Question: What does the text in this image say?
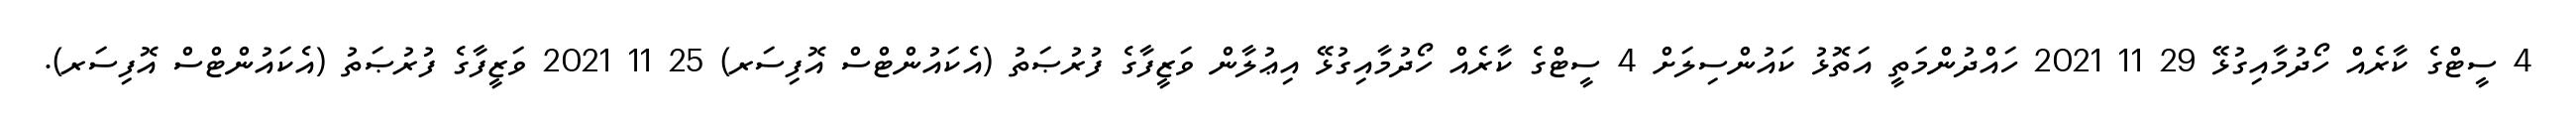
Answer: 4 ސީޓްގެ ކާރެއް ހޯދުމާއިގުޅޭ 29 11 2021 ހައްދުންމަތީ އަތޮޅު ކައުންސިލަށް 4 ސީޓްގެ ކާރެއް ހޯދުމާއިގުޅޭ އިޢުލާން ވަޒީފާގެ ފުރުޞަތު (އެކައުންޓްސް އޮފިސަރ) 25 11 2021 ވަޒީފާގެ ފުރުޞަތު (އެކައުންޓްސް އޮފިސަރ).